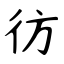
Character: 彷